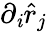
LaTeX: \partial_{\mathit{i}}\hat{{r}}_{j}